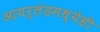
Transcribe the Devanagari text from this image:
आयर्लंडमध्येही